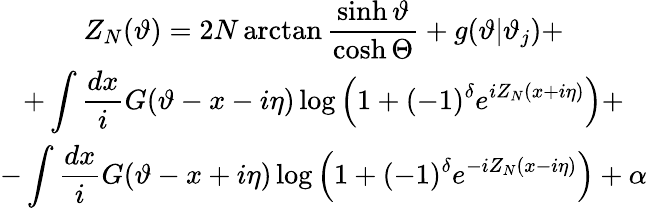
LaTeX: \begin{array}{c}{{Z_{N}(\vartheta)=2N\arctan\displaystyle\frac{\sinh\vartheta}{\cosh\Theta}+g(\vartheta|\vartheta_{j})+}}\\ {{+\displaystyle\int\displaystyle\frac{dx}{i}G(\vartheta-x-i\eta)\log\left(1+(-1)^{\delta}e^{iZ_{N}(x+i\eta)}\right)+}}\\ {{-\displaystyle\int\displaystyle\frac{dx}{i}G(\vartheta-x+i\eta)\log\left(1+(-1)^{\delta}e^{-iZ_{N}(x-i\eta)}\right)+\alpha}}\end{array}